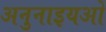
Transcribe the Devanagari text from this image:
अनुनाइयओ